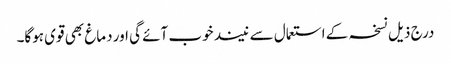
درج ذیل نسخہ کے استعمال سے نیند خوب آئے گی اور دماغ بھی قوی ہوگا۔